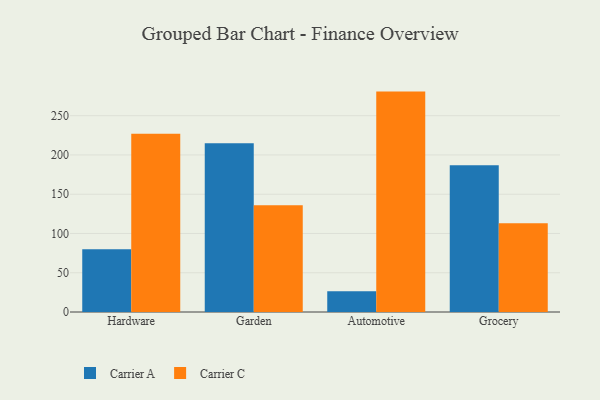
{"axis": {"x": "Category", "y": "Backlog"}, "legend": ["Carrier A", "Carrier C"], "data": [{"x": "Hardware", "y": 79.8, "type": "Carrier A"}, {"x": "Hardware", "y": 226.9, "type": "Carrier C"}, {"x": "Garden", "y": 214.8, "type": "Carrier A"}, {"x": "Garden", "y": 135.9, "type": "Carrier C"}, {"x": "Automotive", "y": 26.4, "type": "Carrier A"}, {"x": "Automotive", "y": 280.7, "type": "Carrier C"}, {"x": "Grocery", "y": 186.8, "type": "Carrier A"}, {"x": "Grocery", "y": 113.1, "type": "Carrier C"}]}